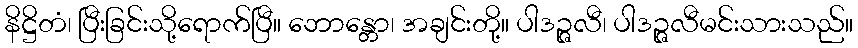
နိဋ္ဌိတံ၊ ပြီးခြင်းသို့ရောက်ပြီ။ ဘောန္တော၊ အချင်းတို့။ ပါဒဉ္ဇလီ၊ ပါဒဉ္ဇလီမင်းသားသည်။